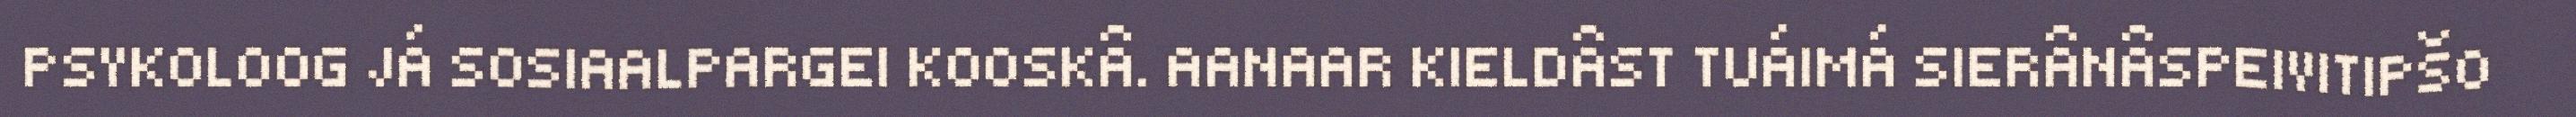
PSYKOLOOG JÁ SOSIAALPARGEI KOOSKÂ. AANAAR KIELDÂST TUÁIMÁ SIERÂNÂSPEIVITIPŠO